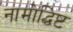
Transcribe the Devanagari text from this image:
नामोद्धिष्ट